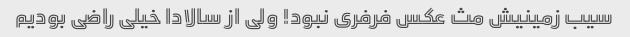
سیب زمینیش مث عکس فرفری نبود! ولی از سالادا خیلی راضی بودیم